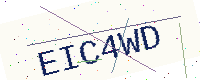
Text: EIC4WD